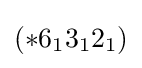
(*6_{1}3_{1}2_{1})